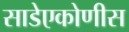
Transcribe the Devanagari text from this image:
साडेएकोणीस